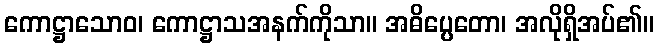
ကောဋ္ဌာသောဝ၊ ကောဋ္ဌာသအနက်ကိုသာ။ အဓိပ္ပေတော၊ အလိုရှိအပ်၏။